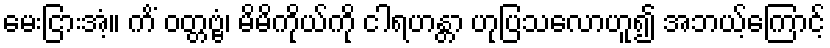
မေးငြားအံ့။ ကိံ ဝတ္တဗ္ဗံ၊ မိမိကိုယ်ကို ငါရဟန္တာ ဟုပြသလောဟူ၍ အဘယ့်ကြောင့်